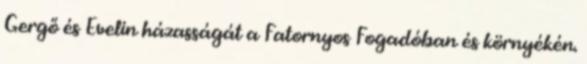
Gergő és Evelin házasságát a Fatornyos Fogadóban és környékén.